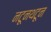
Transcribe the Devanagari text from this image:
नटूनथटून